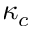
\kappa _ { c }